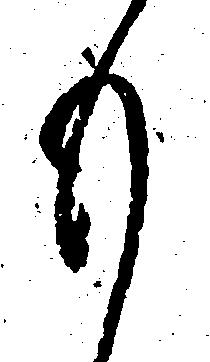
も